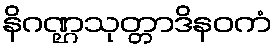
နိဂဏ္ဌသုတ္တာဒိနဝကံ